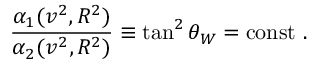
\frac { \alpha _ { 1 } ( v ^ { 2 } , R ^ { 2 } ) } { \alpha _ { 2 } ( v ^ { 2 } , R ^ { 2 } ) } \equiv \tan ^ { 2 } \theta _ { W } = \mathrm { c o n s t } \ .